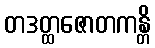
တဒတ္ထဇောတကန္တိ